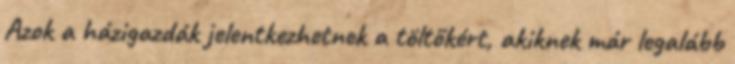
Azok a házigazdák jelentkezhetnek a töltőkért, akiknek már legalább